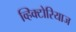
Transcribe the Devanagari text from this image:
व्हिक्टोरियाज